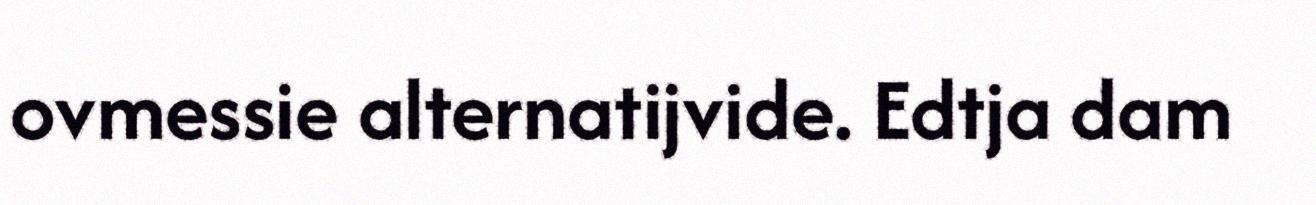
ovmessie alternatijvide. Edtja dam